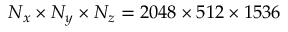
N _ { x } \times N _ { y } \times N _ { z } = 2 0 4 8 \times 5 1 2 \times 1 5 3 6